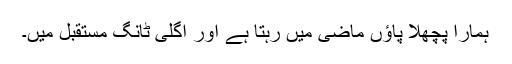
ہمارا پچھلا پاؤں ماضی میں رہتا ہے اور اگلی ٹانگ مستقبل میں۔